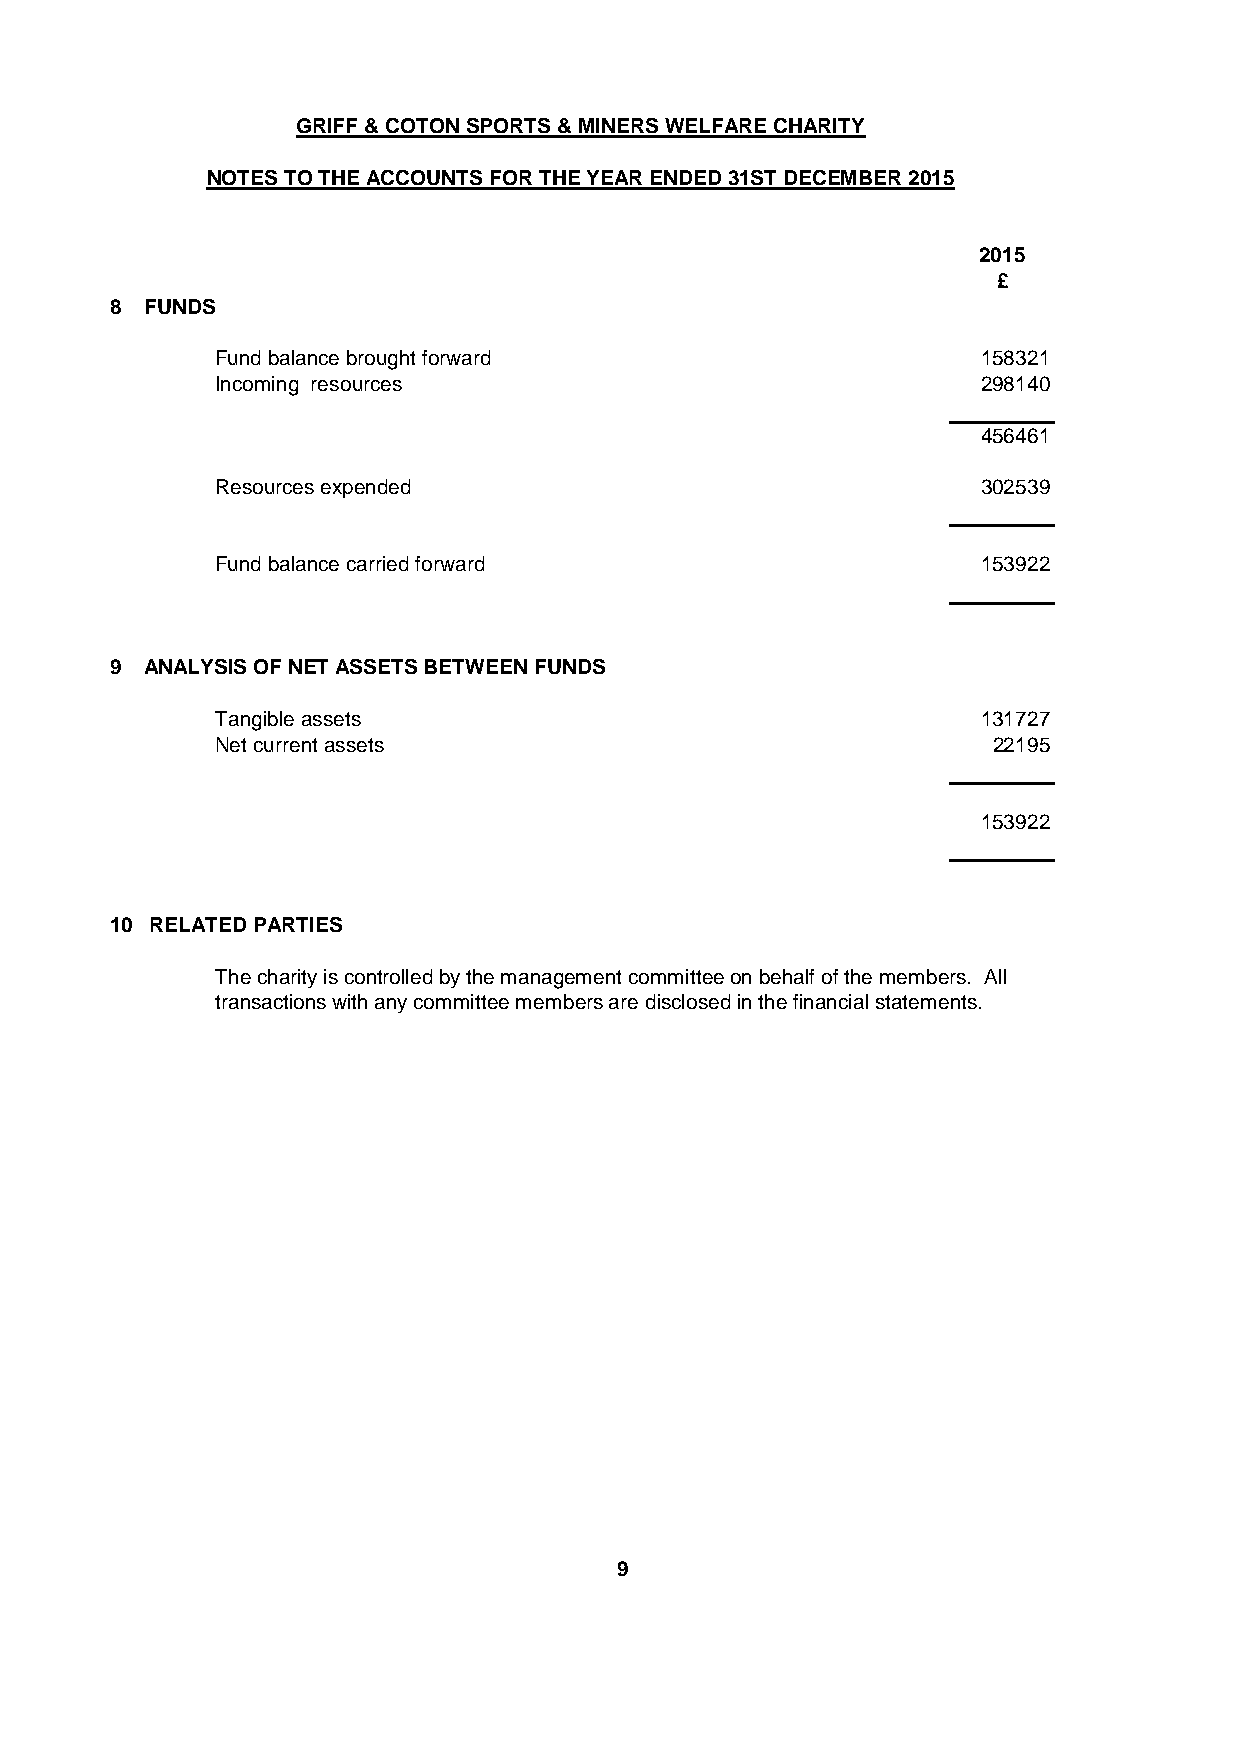
GRIFF & COTON SPORTS & MINERS WELFARE CHARITY
 NOTES TO THE ACCOUNTS FOR THE YEAR ENDED 31ST DECEMBER 2015
 2015
 £
 8  FUNDS
 Fund balance brought forward                       158321
 Incoming resources                                 298140
 456461
 Resources expended                                 302539
 Fund balance carried forward                       153922
 9  ANALYSIS OF NET ASSETS BETWEEN FUNDS
 Tangible assets                                    131727
 Net current assets                                  22195
 153922
 10 RELATED PARTIES
 The charity is controlled by the management committee on behalf of the members. All
 transactions with any committee members are disclosed in the financial statements.
 9